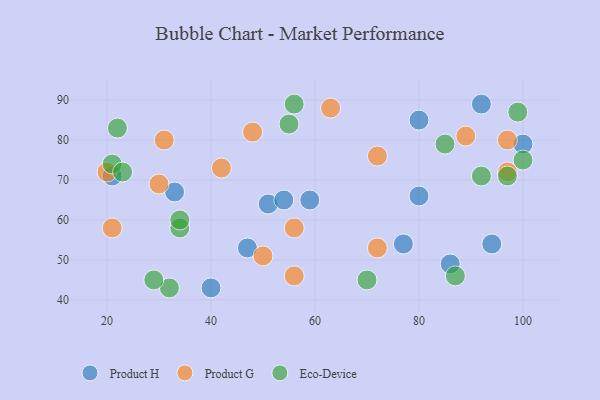
{"axis": {"x": "GDP", "y": "Life Expectancy"}, "legend": ["Eco-Device", "Product G", "Product H"], "data": [{"x": "59", "y": 65, "type": "Product H"}, {"x": "92", "y": 89, "type": "Product H"}, {"x": "51", "y": 64, "type": "Product H"}, {"x": "86", "y": 49, "type": "Product H"}, {"x": "47", "y": 53, "type": "Product H"}, {"x": "54", "y": 65, "type": "Product H"}, {"x": "80", "y": 85, "type": "Product H"}, {"x": "21", "y": 71, "type": "Product H"}, {"x": "77", "y": 54, "type": "Product H"}, {"x": "33", "y": 67, "type": "Product H"}, {"x": "94", "y": 54, "type": "Product H"}, {"x": "40", "y": 43, "type": "Product H"}, {"x": "80", "y": 66, "type": "Product H"}, {"x": "100", "y": 79, "type": "Product H"}, {"x": "48", "y": 82, "type": "Product G"}, {"x": "72", "y": 76, "type": "Product G"}, {"x": "72", "y": 53, "type": "Product G"}, {"x": "89", "y": 81, "type": "Product G"}, {"x": "56", "y": 58, "type": "Product G"}, {"x": "30", "y": 69, "type": "Product G"}, {"x": "20", "y": 72, "type": "Product G"}, {"x": "50", "y": 51, "type": "Product G"}, {"x": "97", "y": 80, "type": "Product G"}, {"x": "56", "y": 46, "type": "Product G"}, {"x": "63", "y": 88, "type": "Product G"}, {"x": "42", "y": 73, "type": "Product G"}, {"x": "21", "y": 58, "type": "Product G"}, {"x": "97", "y": 72, "type": "Product G"}, {"x": "31", "y": 80, "type": "Product G"}, {"x": "32", "y": 43, "type": "Eco-Device"}, {"x": "100", "y": 75, "type": "Eco-Device"}, {"x": "21", "y": 74, "type": "Eco-Device"}, {"x": "29", "y": 45, "type": "Eco-Device"}, {"x": "34", "y": 58, "type": "Eco-Device"}, {"x": "92", "y": 71, "type": "Eco-Device"}, {"x": "23", "y": 72, "type": "Eco-Device"}, {"x": "85", "y": 79, "type": "Eco-Device"}, {"x": "34", "y": 60, "type": "Eco-Device"}, {"x": "22", "y": 83, "type": "Eco-Device"}, {"x": "55", "y": 84, "type": "Eco-Device"}, {"x": "99", "y": 87, "type": "Eco-Device"}, {"x": "97", "y": 71, "type": "Eco-Device"}, {"x": "70", "y": 45, "type": "Eco-Device"}, {"x": "87", "y": 46, "type": "Eco-Device"}, {"x": "56", "y": 89, "type": "Eco-Device"}]}